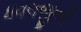
ધવલજીની